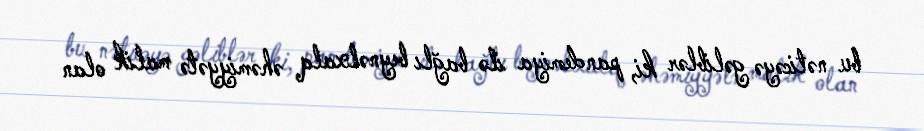
bu nəticəyə gəliblər ki, pandemiya ilə bağlı beynəlxalq əhəmiyyətə malik olan